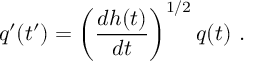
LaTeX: q ^ { \prime } ( t ^ { \prime } ) = \left( \frac { d h ( t ) } { d t } \right) ^ { 1 / 2 } q ( t ) \ .